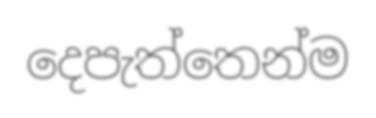
දෙපැත්තෙන්ම